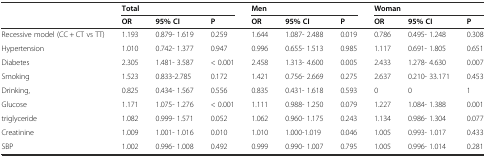
<table><thead><tr><td rowspan="2"></td><td colspan="3"><b>Total</b></td><td colspan="3"><b>Men</b></td><td colspan="3"><b>Woman</b></td></tr><tr><td><b>OR</b></td><td><b>95% CI</b></td><td><b>P</b></td><td><b>OR</b></td><td><b>95% CI</b></td><td><b>P</b></td><td><b>OR</b></td><td><b>95% CI</b></td><td><b>P</b></td></tr></thead><tbody><tr><td>Recessive model (CC + CT vs TT)</td><td>1.193</td><td>0.879- 1.619</td><td>0.259</td><td>1.644</td><td>1.087- 2.488</td><td>0.019</td><td>0.786</td><td>0.495- 1.248</td><td>0.308</td></tr><tr><td>Hypertension</td><td>1.010</td><td>0.742- 1.377</td><td>0.947</td><td>0.996</td><td>0.655- 1.513</td><td>0.985</td><td>1.117</td><td>0.691- 1.805</td><td>0.651</td></tr><tr><td>Diabetes</td><td>2.305</td><td>1.481- 3.587</td><td>&lt; 0.001</td><td>2.458</td><td>1.313- 4.600</td><td>0.005</td><td>2.433</td><td>1.278- 4.630</td><td>0.007</td></tr><tr><td>Smoking</td><td>1.523</td><td>0.833-2.785</td><td>0.172</td><td>1.421</td><td>0.756- 2.669</td><td>0.275</td><td>2.637</td><td>0.210- 33.171</td><td>0.453</td></tr><tr><td>Drinking,</td><td>0.825</td><td>0.434- 1.567</td><td>0.556</td><td>0.835</td><td>0.431- 1.618</td><td>0.593</td><td>0</td><td>0</td><td>1</td></tr><tr><td>Glucose</td><td>1.171</td><td>1.075- 1.276</td><td>&lt; 0.001</td><td>1.111</td><td>0.988- 1.250</td><td>0.079</td><td>1.227</td><td>1.084- 1.388</td><td>0.001</td></tr><tr><td>triglyceride</td><td>1.082</td><td>0.999- 1.571</td><td>0.052</td><td>1.062</td><td>0.960- 1.175</td><td>0.243</td><td>1.134</td><td>0.986- 1.304</td><td>0.077</td></tr><tr><td>Creatinine</td><td>1.009</td><td>1.001- 1.016</td><td>0.010</td><td>1.010</td><td>1.000-1.019</td><td>0.046</td><td>1.005</td><td>0.993- 1.017</td><td>0.433</td></tr><tr><td>SBP</td><td>1.002</td><td>0.996- 1.008</td><td>0.492</td><td>0.999</td><td>0.990- 1.007</td><td>0.795</td><td>1.005</td><td>0.996- 1.014</td><td>0.281</td></tr></tbody></table>